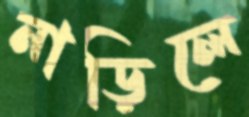
নাড়িলে